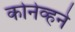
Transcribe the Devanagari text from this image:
कोनेव्हने